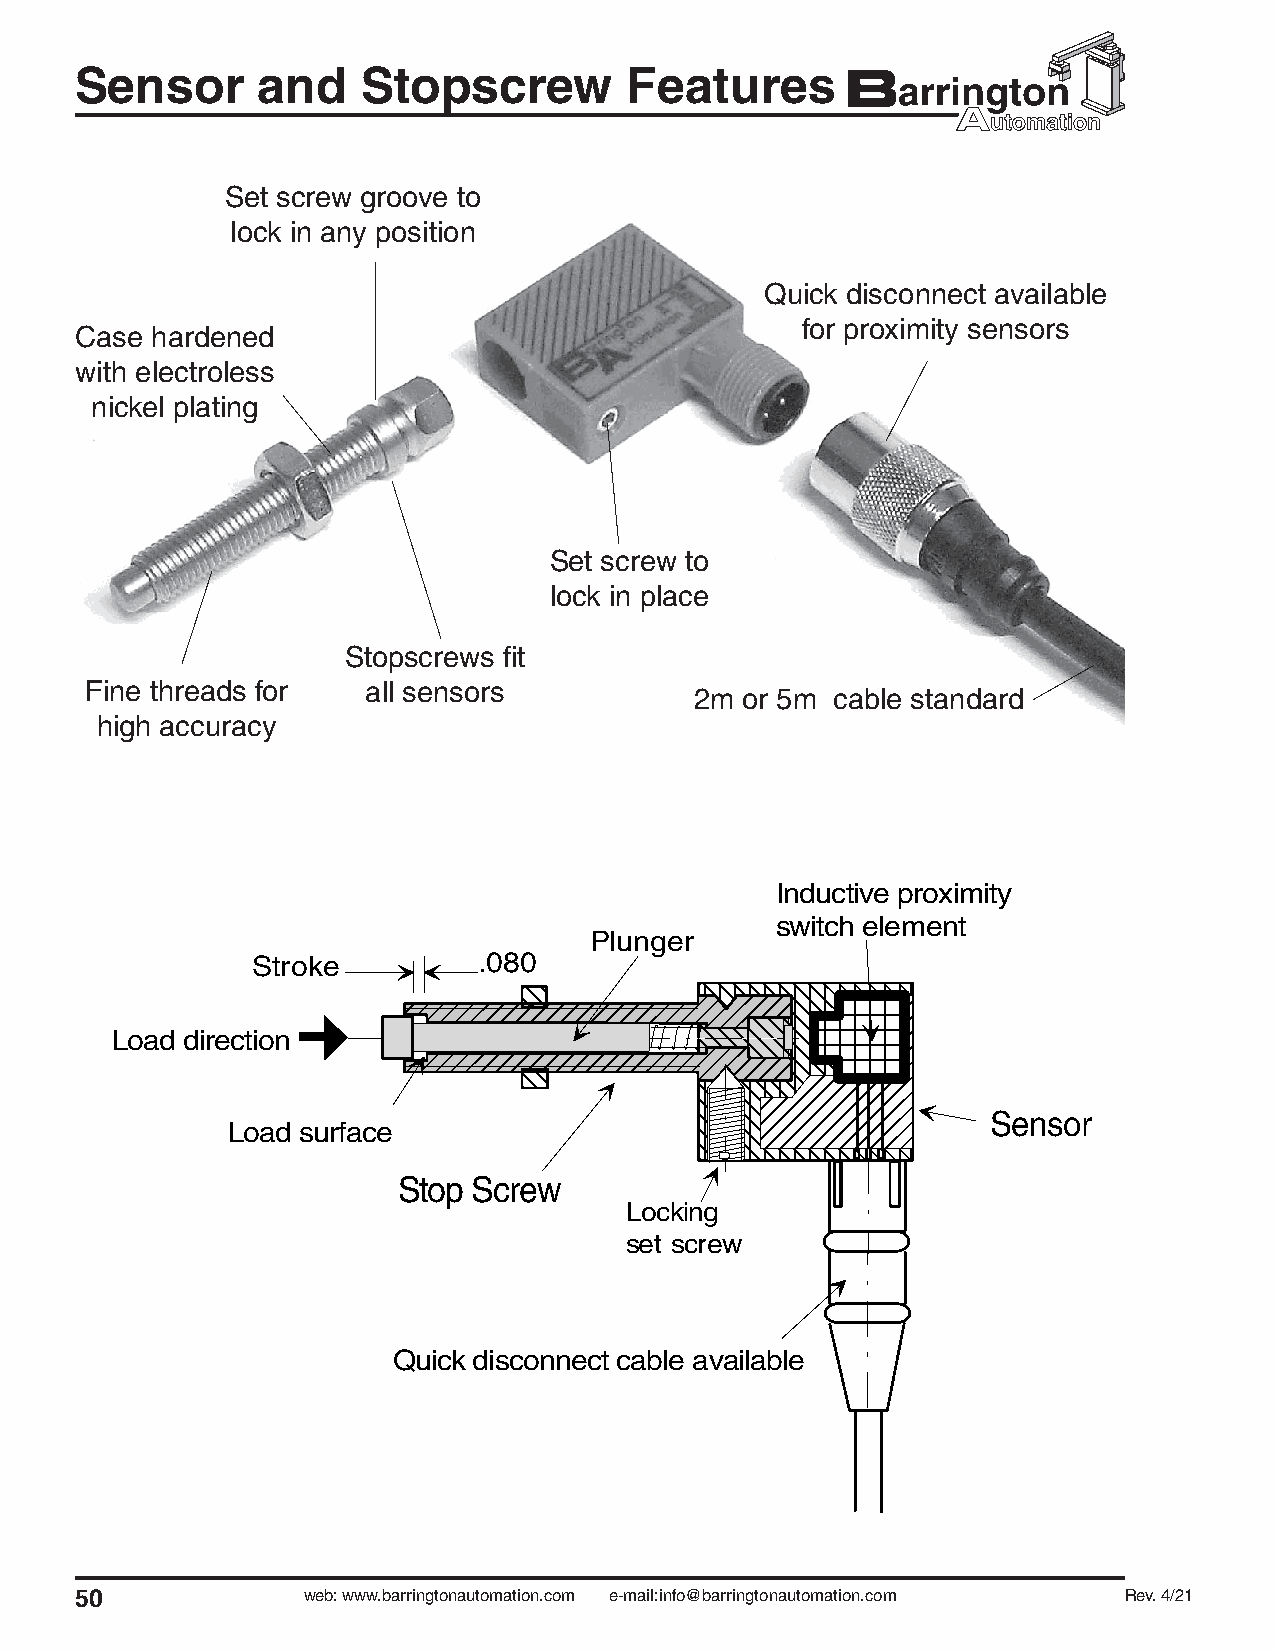
Sensor      and    Stopscrew         Features
 Set screw groove to
 lock in any position
 Quick disconnect available
 for proximity sensors
 Case hardened
 with electroless
 nickel plating
 Set screw to
 lock in place
 Stopscrews fi t
 Fine threads for  all sensors
 2m or 5m cable standard
 high accuracy
 Inductive proximity
 switch element
 Plunger
 Stroke         .080
 Load direction
 Sensor
 Load surface
 Stop Screw
 Locking
 set screw
 Quick disconnect cable available
 50             web: www.barringtonautomation.com e-mail:info@barringtonautomation.com Rev. 4/21